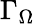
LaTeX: \Gamma_{\Omega}